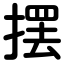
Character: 摆